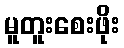
မူတူးစေးဖိုး